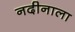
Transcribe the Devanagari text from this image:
नदीनाला